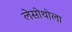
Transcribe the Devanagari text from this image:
लेसोथोला